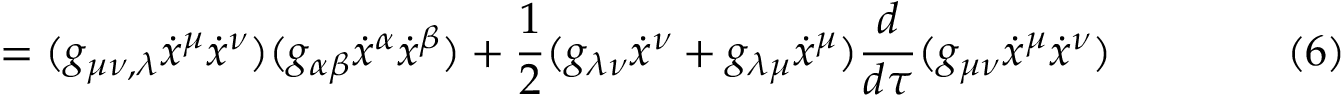
= ( g _ { \mu \nu , \lambda } { \dot { x } } ^ { \mu } { \dot { x } } ^ { \nu } ) ( g _ { \alpha \beta } { \dot { x } } ^ { \alpha } { \dot { x } } ^ { \beta } ) + { \frac { 1 } { 2 } } ( g _ { \lambda \nu } { \dot { x } } ^ { \nu } + g _ { \lambda \mu } { \dot { x } } ^ { \mu } ) { \frac { d } { d \tau } } ( g _ { \mu \nu } { \dot { x } } ^ { \mu } { \dot { x } } ^ { \nu } ) \qquad \qquad ( 6 )